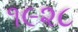
૧૯૨૮